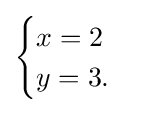
{\begin{cases}x=2\\y=3.\end{cases}}